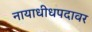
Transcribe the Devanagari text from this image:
नायाधीधपदावर